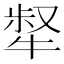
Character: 𤚜